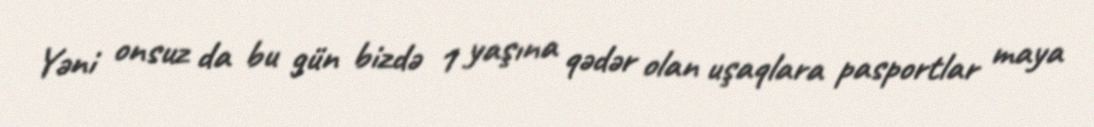
Yəni onsuz da bu gün bizdə 1 yaşına qədər olan uşaqlara pasportlar maya